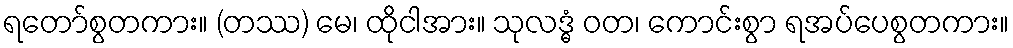
ရတော်စွတကား။ (တဿ) မေ၊ ထိုငါအား။ သုလဒ္ဓံ ဝတ၊ ကောင်းစွာ ရအပ်ပေစွတကား။